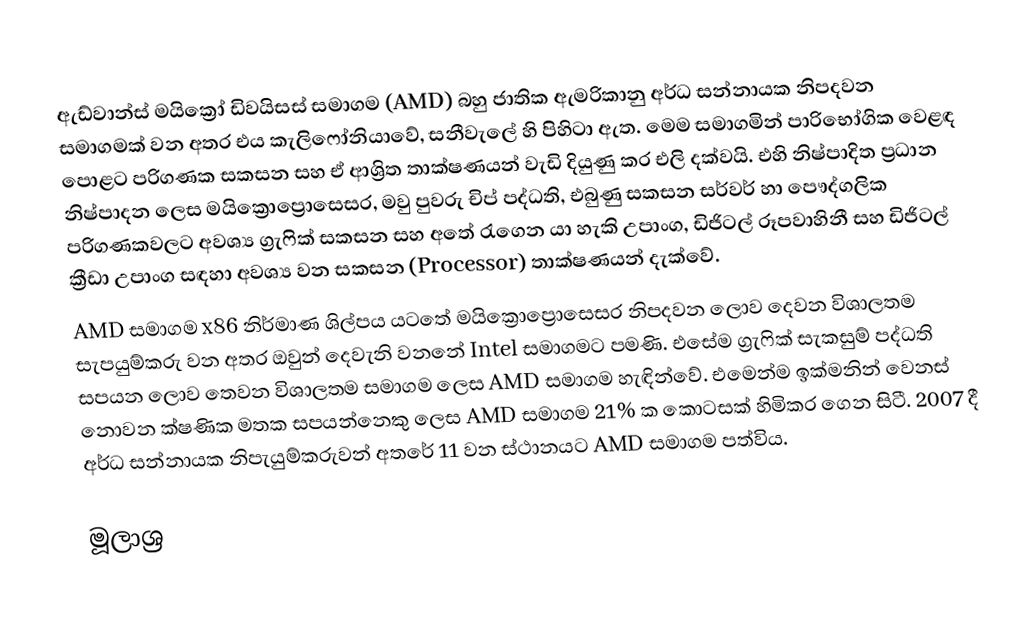
ඇඩ්වාන්ස් මයික්‍රෝ ඩිවයිසස් සමාගම (AMD) බහු ජාතික ඇමරිකානු අර්ධ සන්නායක නිපදවන සමාගමක් වන අතර එය කැලිෆෝනියාවේ, සනීවැලේ හි පිහිටා ඇත. මෙම සමාගමින් පාරිභෝගික වෙළඳ පොළට පරිගණක සකසන සහ ඒ ආශ්‍රිත තාක්ෂණයන් වැඩි දියුණු කර එලි දක්වයි. එහි නිෂ්පාදිත ප්‍රධාන නිෂ්පාදන ලෙස මයික්‍රොප්‍රොසෙසර, මවු පුවරු චිප් පද්ධති, එබුණු සකසන සර්වර් හා පෞද්ගලික පරිගණකවලට අවශ්‍ය ග්‍රැෆික් සකසන සහ අතේ රැගෙන යා හැකි උපාංග, ඩිජිටල් රූපවාහිනී සහ ඩිජිටල් ක්‍රීඩා උපාංග සඳහා අවශ්‍ය වන සකසන (Processor) තාක්ෂණයන් දැක්වේ.
AMD සමාගම x86 නිර්මාණ ශිල්පය යටතේ මයික්‍රොප්‍රොසෙසර නිපදවන ලොව දෙවන විශාලතම සැපයුම්කරු වන අතර ඔවුන් දෙවැනි වනනේ Intel සමාගමට පමණි. එසේම ග්‍රැෆික් සැකසුම් පද්ධති සපයන ලොව තෙවන විශාලතම සමාගම ලෙස AMD සමාගම හැඳින්වේ. එමෙන්ම ඉක්මනින් වෙනස් නොවන ක්ෂණික මතක සපයන්නෙකු ලෙස AMD සමාගම 21% ක කොටසක් හිමිකර ගෙන සිටී. 2007 දී අර්ධ සන්නායක නිපැයුම්කරුවන් අතරේ 11 වන ස්ථානයට AMD සමාගම පත්විය.

මූලාශ්‍ර